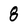
Character: 8